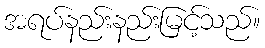
အရပ်နည်းနည်းမြင့်သည်။